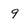
Character: 9